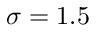
\sigma = 1 . 5